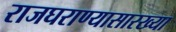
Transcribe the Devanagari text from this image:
राजघराण्यासारख्या